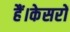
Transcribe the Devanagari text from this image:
हैं।केसरों